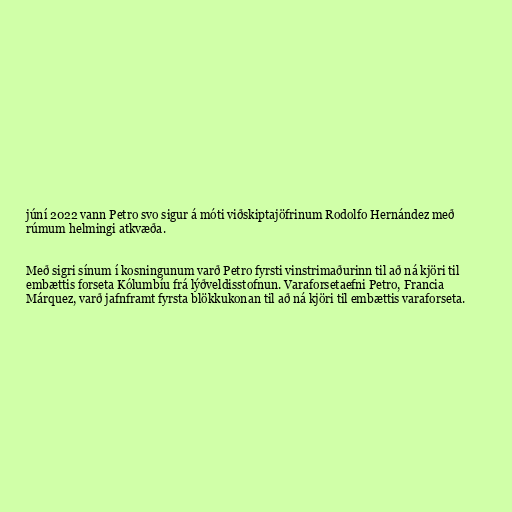
júní 2022 vann Petro svo sigur á móti viðskiptajöfrinum Rodolfo Hernández með
rúmum helmingi atkvæða.

Með sigri sínum í kosningunum varð Petro fyrsti vinstrimaðurinn til að ná kjöri til
embættis forseta Kólumbíu frá lýðveldisstofnun. Varaforsetaefni Petro, Francia
Márquez, varð jafnframt fyrsta blökkukonan til að ná kjöri til embættis varaforseta.